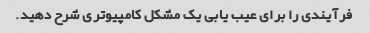
فرآیندی را برای عیب یابی یک مشکل کامپیوتری شرح دهید.